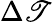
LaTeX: \Delta\mathscr{T}